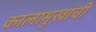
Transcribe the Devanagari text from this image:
कालामुखांची